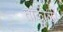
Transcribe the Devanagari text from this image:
ताकाळी